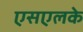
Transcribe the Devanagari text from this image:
एसएलके